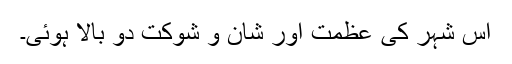
اس شہر کی عظمت اور شان و شوکت دو بالا ہوئی۔